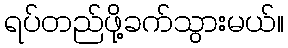
ရပ်တည်ဖို့ခက်သွားမယ်။